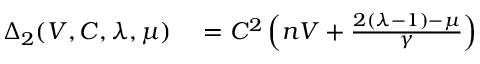
\begin{array} { r l } { \Delta _ { 2 } ( V , C , \lambda , \mu ) } & { { } = C ^ { 2 } \left( n V + \frac { 2 ( \lambda - 1 ) - \mu } { \gamma } \right) } \end{array}